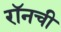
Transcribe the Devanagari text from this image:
रॉनची